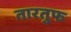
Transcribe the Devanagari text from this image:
तारतुफ